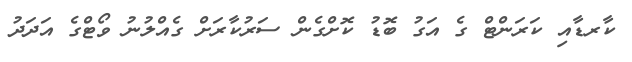
ކާރޑާއި ކަރަންޓް ގެ އަގު ބޮޑު ކޮށްގެން ސަރުކާރަށް ގެއްލުނު ވޯޓްގެ އަދަދު